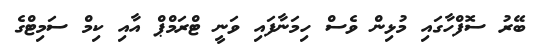
ބޭރު ސޮފްހާގައި މުޅިން ވެސް ހިމަނާފައި ވަނީ ޓްރަމްޕް އާއި ކިމް ސަމިޓްގެ